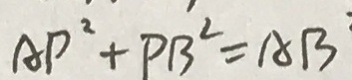
A P ^ { 2 } + P B ^ { 2 } = A B